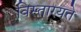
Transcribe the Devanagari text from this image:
विस्तारयते